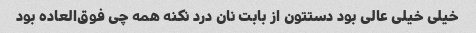
خیلی خیلی عالی بود دستتون از بابت نان درد نکنه همه چی فوق‌العاده بود